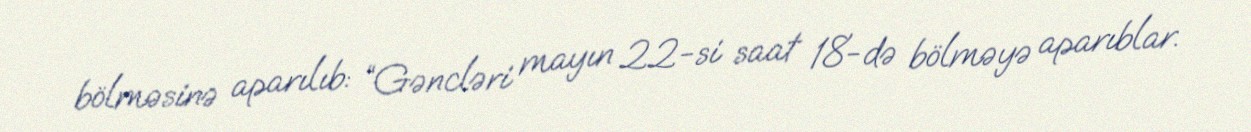
bölməsinə aparılıb: “Gəncləri mayın 22-si saat 18-də bölməyə aparıblar.